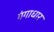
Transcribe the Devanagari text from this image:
गंगाधार